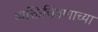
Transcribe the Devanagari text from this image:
व्यक्तिचित्रणाच्या